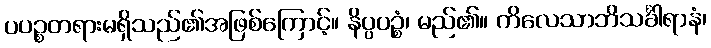
ပပဉ္စတရားမရှိသည်၏အဖြစ်ကြောင့်။ နိပ္ပပဉ္စံ၊ မည်၏။ ကိလေသာဘိသင်္ခါရာနံ၊